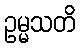
ဥမ္မသတိ